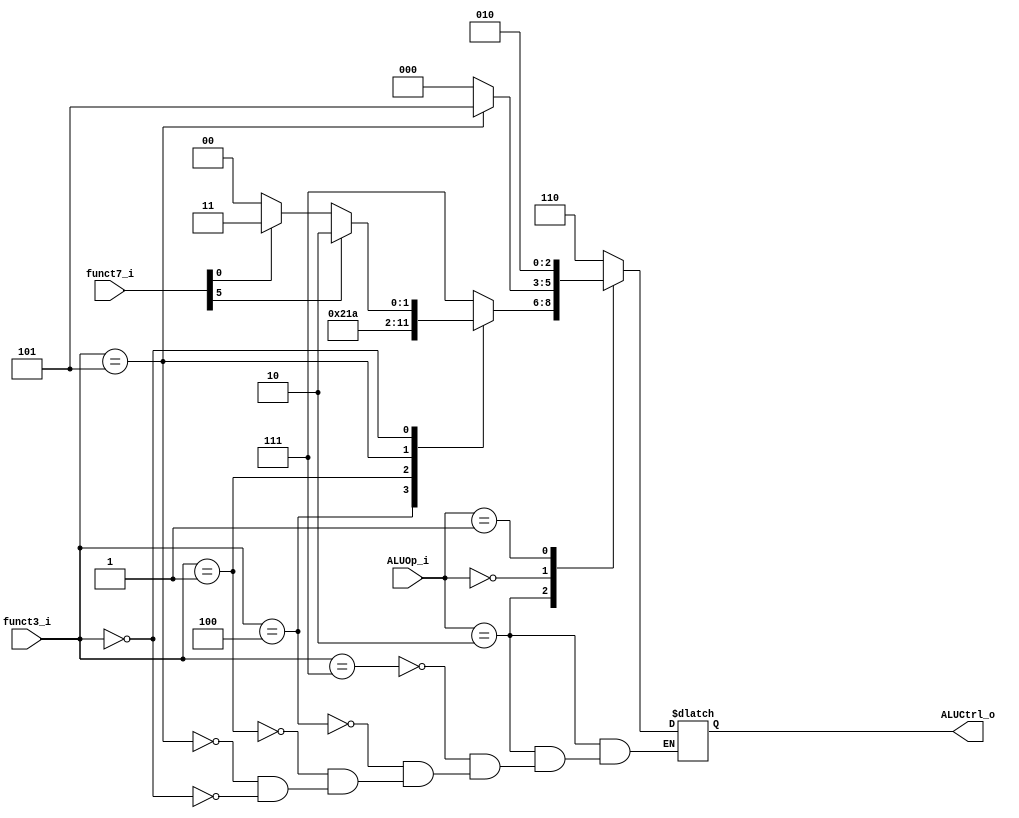
module ALU_Control
(
    input [2:0] funct3_i,
    input [6:0] funct7_i,
    input [1:0] ALUOp_i,
    output reg [2:0] ALUCtrl_o
);

always @(*) 
begin
    case (ALUOp_i)
        2'b10:
            case (funct3_i)
                3'b111: ALUCtrl_o = 3'b111;
                3'b100: ALUCtrl_o = 3'b100;
                3'b001: ALUCtrl_o = 3'b001;
                3'b101: ALUCtrl_o = 3'b101;
                3'b000: 
                    if (funct7_i[5] == 1'b1) 
                    begin
                        ALUCtrl_o = 3'b010;
                    end 
                    else if (funct7_i[0] == 1'b1) 
                    begin
                        ALUCtrl_o = 3'b011;
                    end 
                    else 
                    begin
                        ALUCtrl_o = 3'b000;
                    end
            endcase
        2'b00:
            if (funct3_i == 3'b101) 
            begin
                ALUCtrl_o = 3'b101;
            end 
            else 
            begin
                ALUCtrl_o = 3'b000;
            end 
        2'b01:
            ALUCtrl_o = 3'b010;
        default:
            ALUCtrl_o = 3'b110;
    endcase
end
endmodule